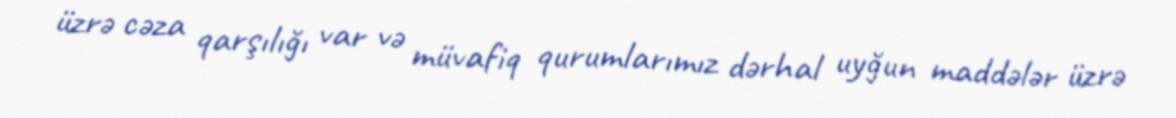
üzrə cəza qarşılığı var və müvafiq qurumlarımız dərhal uyğun maddələr üzrə